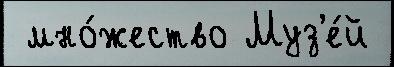
 мно́жество Муз'е́й